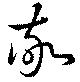
敬